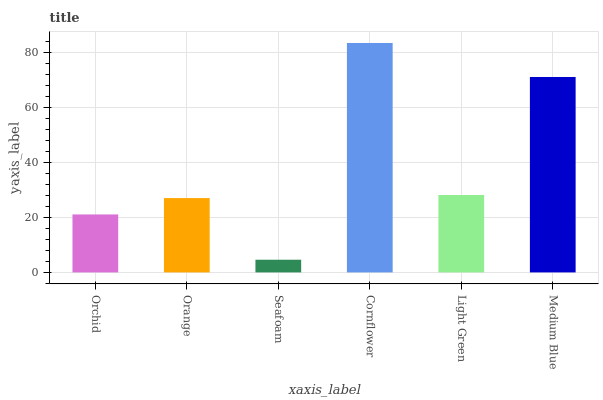
| xaxis_label | bars |
 | --- | --- |
 | Orchid | 21.1 |
 | Orange | 27.1 |
 | Seafoam | 4.61 |
 | Cornflower | 83.5 |
 | Light Green | 28.2 |
 | Medium Blue | 71.1 |